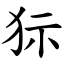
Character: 狋